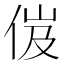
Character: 𠈶